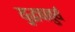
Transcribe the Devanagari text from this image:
यु्द्धचातुर्य